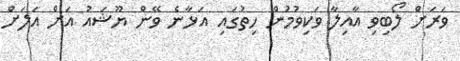
ވަރަށް ލޯބިވި އާއިލާ ވަކިވުމުން ހިތުގައި އަޅާނެ ވޭން ޔޫޝައު އަށް އަލަށް